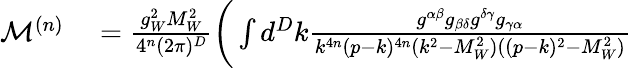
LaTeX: \begin{array}{rl}{\mathcal{M}^{(n)}}&{{}=\frac{g_{W}^{2}M_{W}^{2}}{4^{n}(2\pi)^{D}}\bigg(\int d^{D}k\frac{g^{\alpha\beta}g_{\beta\delta}g^{\delta\gamma}g_{\gamma\alpha}}{k^{4n}(p-k)^{4n}(k^{2}-M_{W}^{2})((p-k)^{2}-M_{W}^{2})}}\end{array}